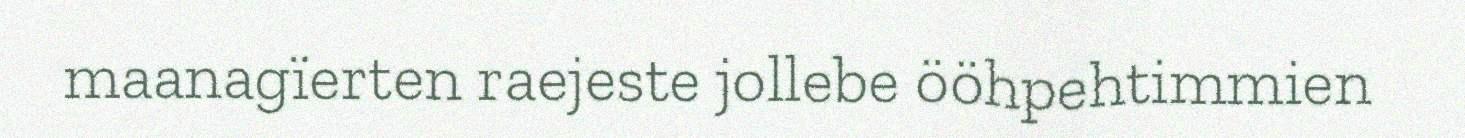
maanagïerten raejeste jollebe ööhpehtimmien